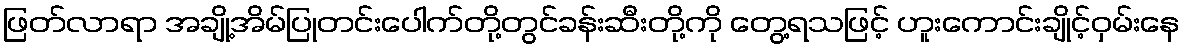
ဖြတ်လာရာ အချို့အိမ်ပြုတင်းပေါက်တို့တွင်ခန်းဆီးတို့ကို တွေ့ရသဖြင့် ဟူးကောင်းချိုင့်ဝှမ်းနေ